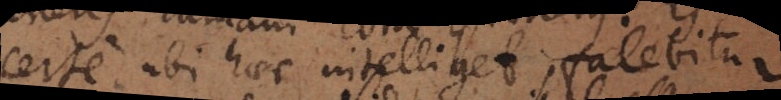
certe ubi haec intelliget fatebitur